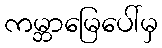
ကမ္ဘာမြေပေါ်မှ